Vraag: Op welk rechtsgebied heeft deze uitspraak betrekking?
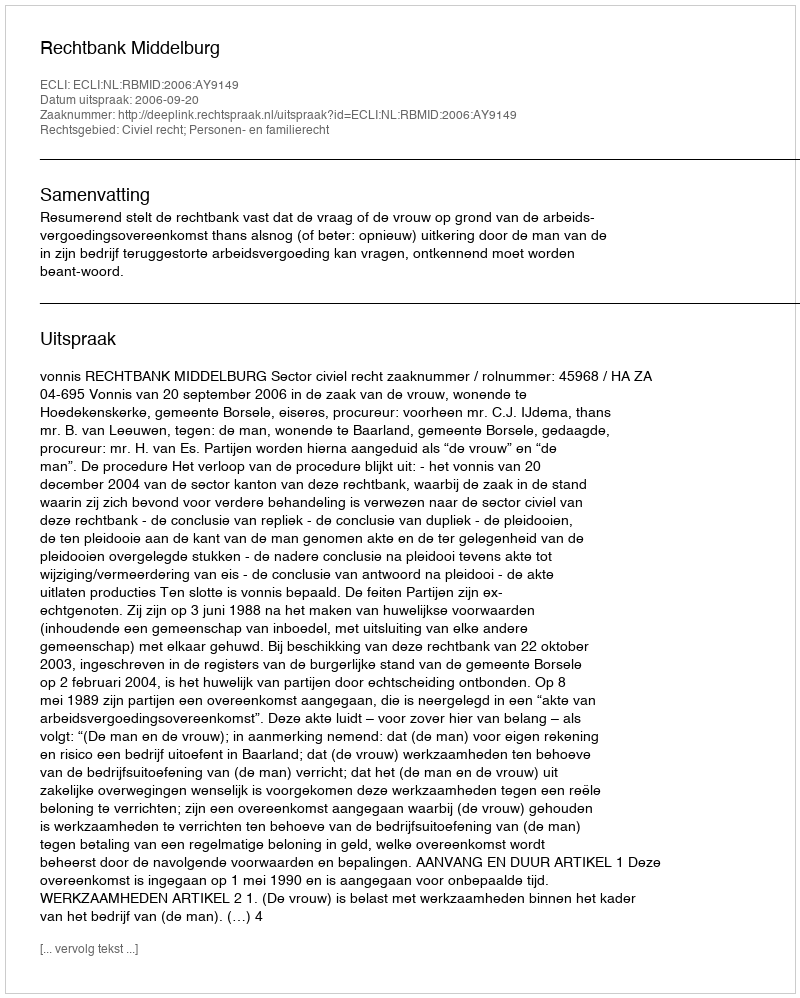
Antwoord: Civiel recht; Personen- en familierecht